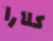
كلارا